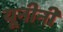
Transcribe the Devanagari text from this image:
यूनीनी